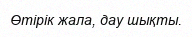
Өтірік жала, дау шықты.